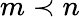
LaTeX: m\prec n